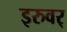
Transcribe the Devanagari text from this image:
इरुवर्